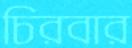
চিরবার